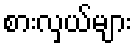
စားလှယ်များ